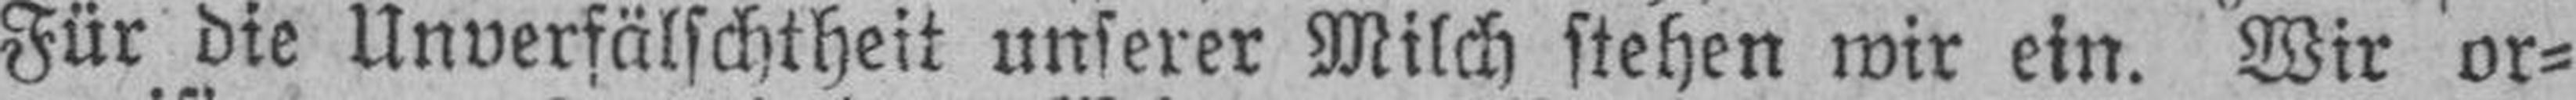
Für die Unverfälschtheit unserer Milch stehen wir ein. Wir or¬